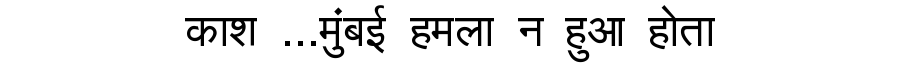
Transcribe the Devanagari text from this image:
काश ...मुंबई हमला न हुआ होता